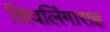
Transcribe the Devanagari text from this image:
शिवलिंगासह